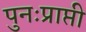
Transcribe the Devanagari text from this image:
पुनःप्राप्ती